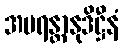
အပရန္တာနုဒိဋ္ဌီနံ